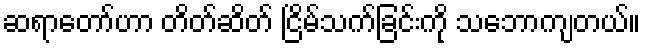
ဆရာတော်ဟာ တိတ်ဆိတ် ငြိမ်သက်ခြင်းကို သဘောကျတယ်။